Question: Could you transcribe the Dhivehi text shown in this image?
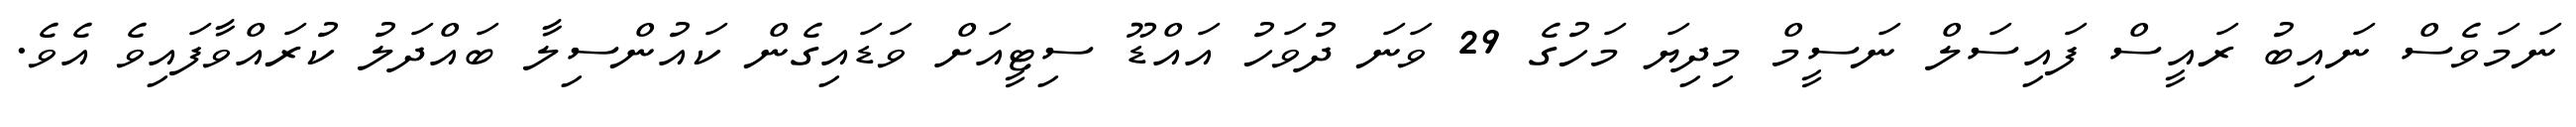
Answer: ނަމަވެސް ނައިބު ރައީސް ފައިސަލް ނަސީމް މިދިޔަ މަހުގެ 29 ވަނަ ދުވަހު އައްޑޫ ސިޓީއަށް ވަޑައިގެން ކައުންސިލާ ބައްދަލު ކުރައްވާފައިވެ އެވެ.